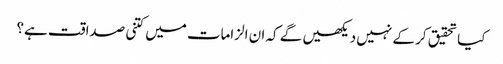
کیا تحقیق کر کے نہیں دیکھیں گے کہ ان الزامات میں کتنی صداقت ہے؟